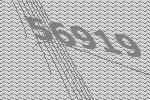
56919